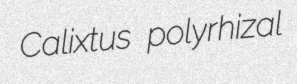
Calixtus polyrhizal